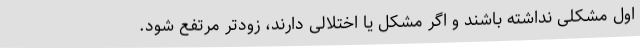
اول مشکلی نداشته باشند و اگر مشکل یا اختلالی دارند، زودتر مرتفع شود.